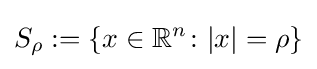
S_{\rho }:=\{x\in \mathbb {R} ^{n}\colon \vert x\vert =\rho \}